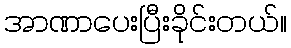
အာဏာပေးပြီးခိုင်းတယ်။